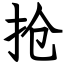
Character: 抢